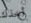
أخذك